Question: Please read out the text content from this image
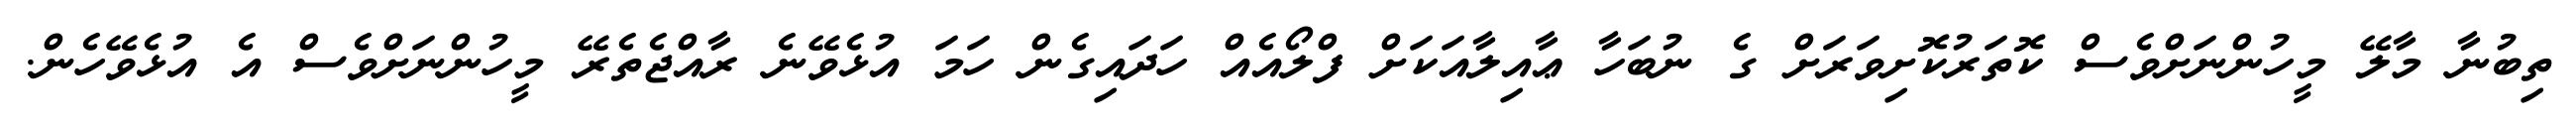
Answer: ތިބުނާ މާލޭ މީހުންނަށްވެސް ކޮތަރުކޮށިވަރަށް ގެ ނުބަހާ ޢާއިލާއަކަށް ފްލޯއެއް ހަދައިގެން ހަމަ އުޅެވޭނެ ރާއްޖެތެރޭ މީހުންނަށްވެސް އެ އުޅެވޭހެން.